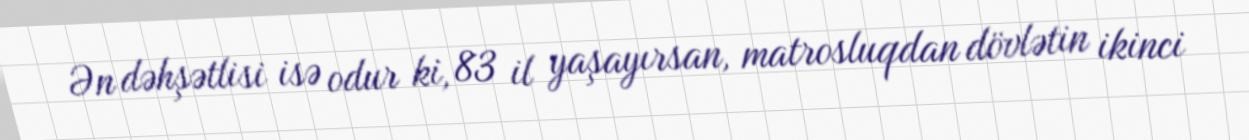
Ən dəhşətlisi isə odur ki, 83 il yaşayırsan, matrosluqdan dövlətin ikinci